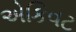
એકિવટ